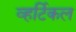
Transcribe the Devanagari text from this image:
व्हर्टिकल